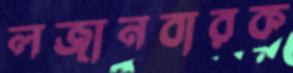
লজানবারক